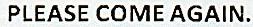
PLEASE COME AGAIN.